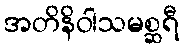
အတိနိဝါသမစ္ဆရီ